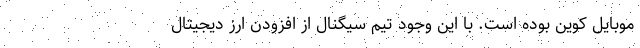
موبایل کوین بوده است. با این وجود تیم سیگنال از افزودن ارز دیجیتال